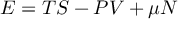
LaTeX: E = T S - P V + \mu N